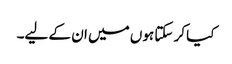
کیا کر سکتا ہوں میں ان کے لیے۔